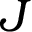
J